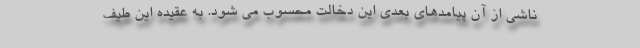
ناشی از آن پیامدهای بعدی این دخالت محسوب می شود. به عقیده این طیف